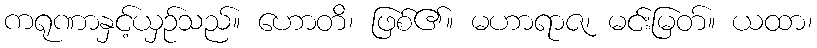
ကရုဏာနှင့်ယှဉ်သည်။ ဟောတိ၊ ဖြစ်၏။ မဟာရာဇ၊ မင်းမြတ်။ ယထာ၊